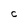
Character: C